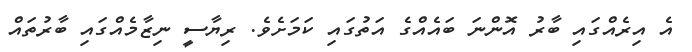
އެ އިރެއްގައި ބާރު އޮންނަ ބައެއްގެ އަތުގައި ކަމަށެވެ. ރިޔާސީ ނިޒާމެއްގައި ބާރުތައް